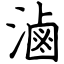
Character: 滷